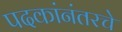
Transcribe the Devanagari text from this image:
पदकांनंतरचे